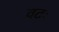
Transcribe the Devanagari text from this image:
वटः